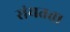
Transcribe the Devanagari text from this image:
संयतता